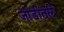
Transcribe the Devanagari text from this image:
जोडीतले